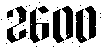
2600